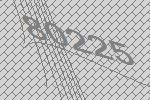
80225